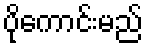
ပိုကောင်းမည်